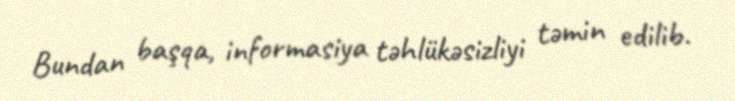
Bundan başqa, informasiya təhlükəsizliyi təmin edilib.